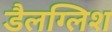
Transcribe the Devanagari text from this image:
डैलग्लिश